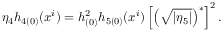
\eta _ { 4 } h _ { 4 ( 0 ) } ( x ^ { i } ) = h _ { ( 0 ) } ^ { 2 } h _ { 5 ( 0 ) } ( x ^ { i } ) \left[ \left( \sqrt { | \eta _ { 5 } | } \right) ^ { \ast } \right] ^ { 2 } .